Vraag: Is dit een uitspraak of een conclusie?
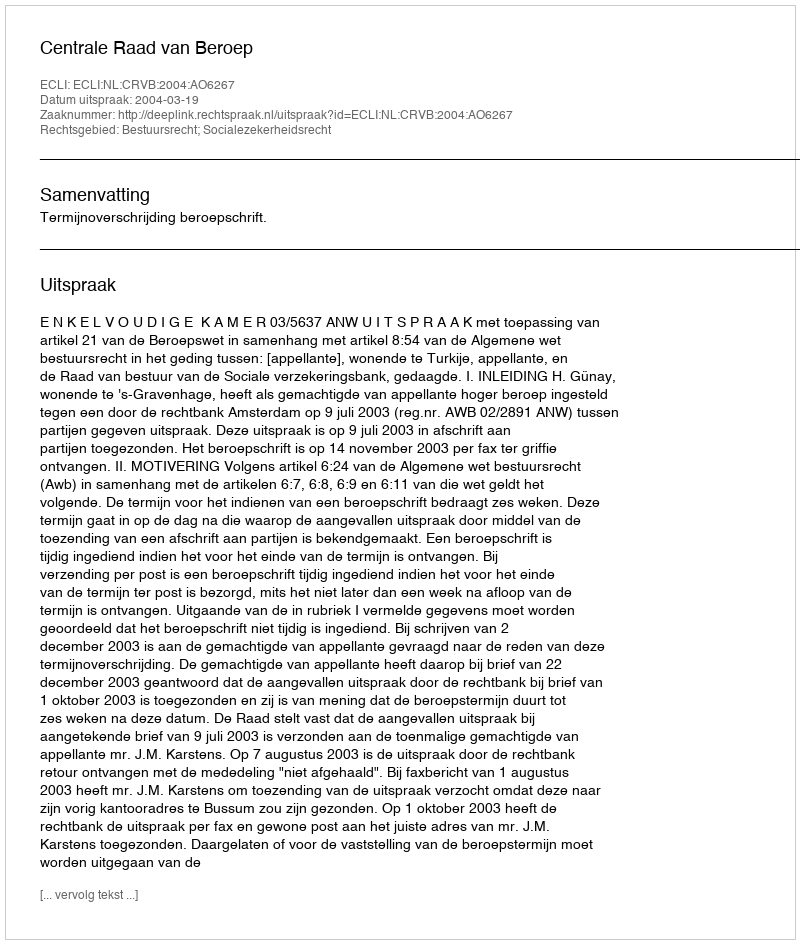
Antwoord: Uitspraak